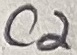
Text: C2